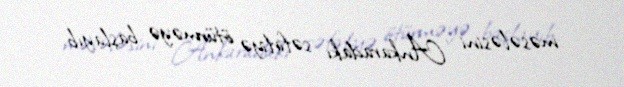
məsələsini Ankaradakı səfirliyə ötürməyə başlayıb.